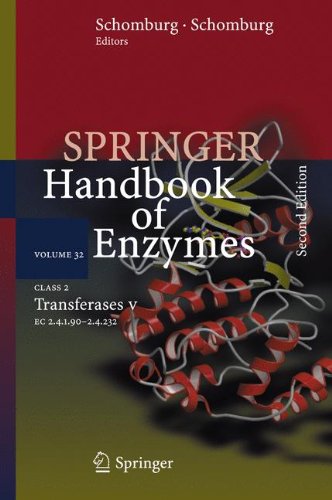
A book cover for Class 2 Transferases V: 2.4.1.90 - 2.4.1.232 (Springer Handbook of Enzymes); Medical Books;